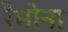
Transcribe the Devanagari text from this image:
रैमोना